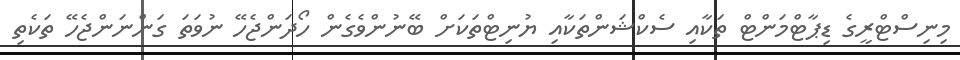
މިނިސްޓްރީގެ ޑިޕާޓްމަންޓް ތަކާއި ސެކްޝަންތަކާއި ޔުނިޓްތަކަށް ބޭނުންވެގެން ހޯދަންޖެހޭ ނުވަތަ ގަންނަންޖެހޭ ތަކެތި